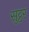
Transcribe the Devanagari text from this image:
सुट्टर